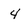
Character: 4